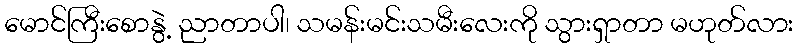
မောင်ကြီးစောနွဲ့ ညာတာပါ၊ သမန်းမင်းသမီးလေးကို သွားရှာတာ မဟုတ်လား